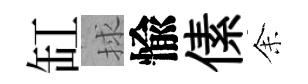
缸捄愉傃𪜬